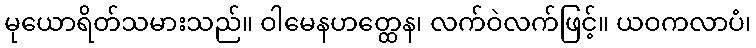
မုယောရိတ်သမားသည်။ ဝါမေနဟတ္ထေန၊ လက်ဝဲလက်ဖြင့်။ ယဝကလာပံ၊